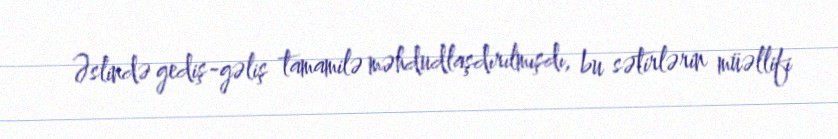
Əslində gediş-gəliş tamamilə məhdudlaşdırılmışdı, bu sətirlərin müəllifi